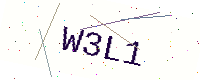
Text: W3L1